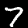
Digit: 7